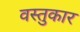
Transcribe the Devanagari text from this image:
वस्तुकार